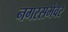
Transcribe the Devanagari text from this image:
नगरसभेवर